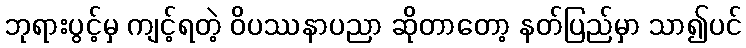
ဘုရားပွင့်မှ ကျင့်ရတဲ့ ဝိပဿနာပညာ ဆိုတာတော့ နတ်ပြည်မှာ သာ၍ပင်